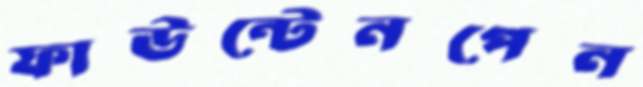
ফাউন্টেনপেন